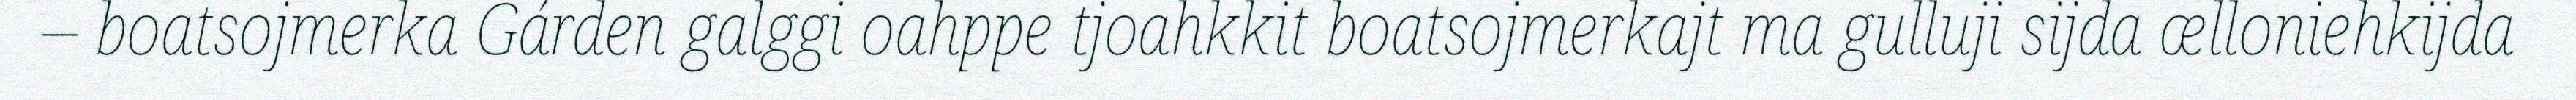
– boatsojmerka Gárden galggi oahppe tjoahkkit boatsojmerkajt ma gulluji sijda ælloniehkijda